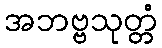
အဘဗ္ဗသုတ္တံ